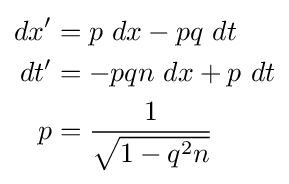
{\begin{aligned}dx'&=p\ dx-pq\ dt\\dt'&=-pqn\ dx+p\ dt\\p&={\frac {1}{\sqrt {1-q^{2}n}}}\end{aligned}}